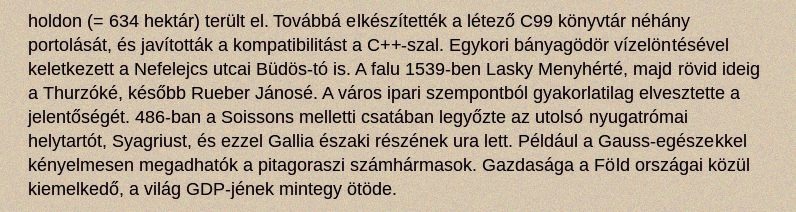
holdon (= 634 hektár) terült el. Továbbá elkészítették a létező C99 könyvtár néhány portolását, és javították a kompatibilitást a C++-szal. Egykori bányagödör vízelöntésével keletkezett a Nefelejcs utcai Büdös-tó is. A falu 1539-ben Lasky Menyhérté, majd rövid ideig a Thurzóké, később Rueber Jánosé. A város ipari szempontból gyakorlatilag elvesztette a jelentőségét. 486-ban a Soissons melletti csatában legyőzte az utolsó nyugatrómai helytartót, Syagriust, és ezzel Gallia északi részének ura lett. Például a Gauss-egészekkel kényelmesen megadhatók a pitagoraszi számhármasok. Gazdasága a Föld országai közül kiemelkedő, a világ GDP-jének mintegy ötöde.